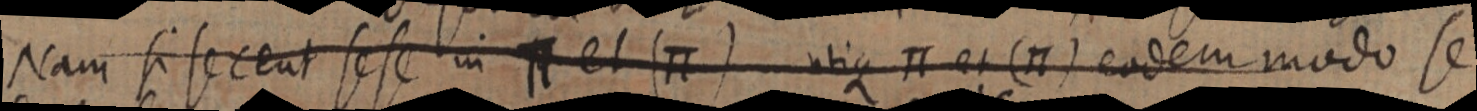
Nam si secent sese in П et (П) utique П et (П) eodem modo se